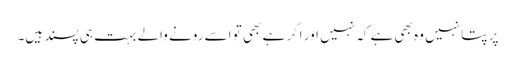
پر پتا نہیں وہ بھی ہے کہ نہیں اور اگر ہے بھی تو اسے رونے والے بہت ہی پسند ہیں۔